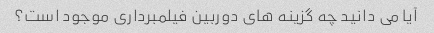
آیا می دانید چه گزینه های دوربین فیلمبرداری موجود است؟